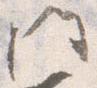
門